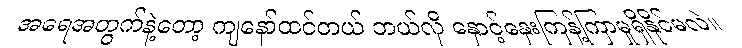
အရေအတွက်နဲ့တော့ ကျနော်ထင်တယ် ဘယ်လို နှောင့်နှေးကြန့်ကြာမှုရှိနိုင်မလဲ။